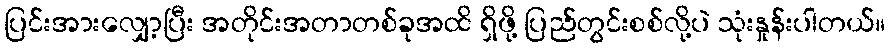
ပြင်းအားလျှော့ပြီး အတိုင်းအတာတစ်ခုအထိ ရှိဖို့ ပြည်တွင်းစစ်လို့ပဲ သုံးနှုန်းပါတယ်။